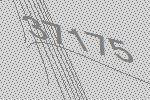
37175